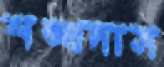
শঙ্খদাস